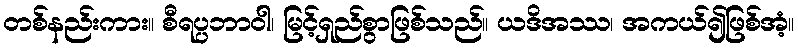
တစ်နည်းကား။ စီရပ္ပဘာဝါ၊ မြင့်ရှည်စွာဖြစ်သည်။ ယဒိအဿ၊ အကယ်၍ဖြစ်အံ့။